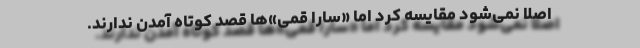
اصلاً نمی‌شود مقایسه کرد اما «سارا قمی»ها قصد کوتاه آمدن ندارند.